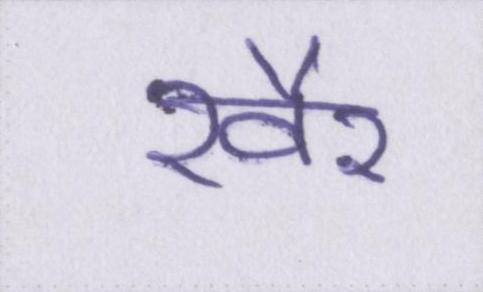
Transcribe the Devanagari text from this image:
ख़ैर